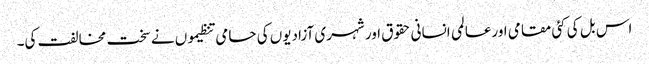
اس بل کی کئی مقامی اورعالمی انسانی حقوق اور شہری آزادیوں کی حامی تنظیموں نے سخت مخالفت کی۔